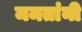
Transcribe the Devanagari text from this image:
ममतांनी